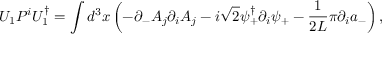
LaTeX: U _ { 1 } P ^ { i } U _ { 1 } ^ { \dagger } = \int d ^ { 3 } x \left( - \partial _ { - } A _ { j } \partial _ { i } A _ { j } - i \sqrt { 2 } \psi _ { + } ^ { \dagger } \partial _ { i } \psi _ { + } - \frac { 1 } { 2 L } \pi \partial _ { i } a _ { - } \right) ,